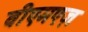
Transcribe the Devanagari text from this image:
वीएमएज़